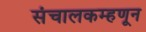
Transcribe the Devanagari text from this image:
संचालकम्हणून